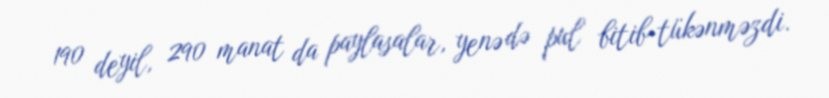
190 deyil, 290 manat da paylasalar, yenə də pul bitib-tükənməzdi.